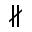
\nparallel